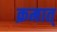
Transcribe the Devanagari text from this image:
क्रमात्